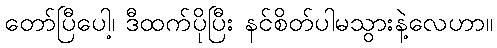
တော်ပြီပေါ့၊ ဒီထက်ပိုပြီး နင်စိတ်ပါမသွားနဲ့လေဟာ။